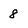
Character: 8